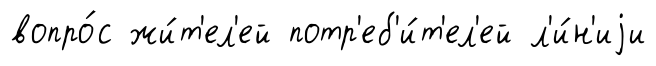
вопро́с жи́т'ел'ей потр'еб'и́т'ел'ей л'и́н'иjи